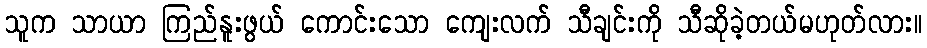
သူက သာယာ ကြည်နူးဖွယ် ကောင်းသော ကျေးလက် သီချင်းကို သီဆိုခဲ့တယ်မဟုတ်လား။